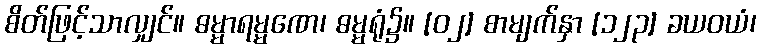
စိတ်ဖြင့်သာလျှင်။ ဓမ္မာရမ္မဏေ၊ ဓမ္မရုံ၌။ [၀၂] စာမျက်နှာ [၁၂၃] ခယဝယံ၊